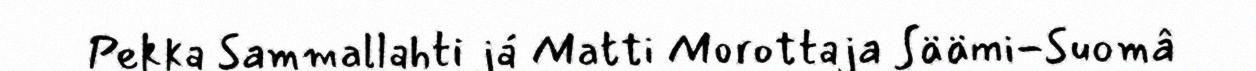
Pekka Sammallahti já Matti Morottaja Säämi-Suomâ